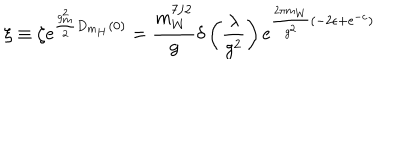
\xi \equiv \zeta \mathrm { e } ^ { \frac { g _ { m } ^ { 2 } } { 2 } D _ { m _ { H } } ( 0 ) } = \frac { m _ { W } ^ { 7 / 2 } } { g } \delta \left( \frac { \lambda } { g ^ { 2 } } \right) \mathrm { e } ^ { \frac { 2 \pi m _ { W } } { g ^ { 2 } } \left( - 2 \epsilon + \mathrm { e } ^ { - c } \right) }